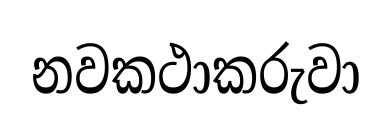
නවකථාකරුවා